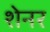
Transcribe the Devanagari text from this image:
शेनर